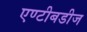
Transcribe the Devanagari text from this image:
एण्टीबडीज